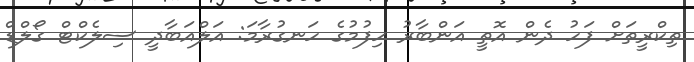
ތިކްރީތަށް ފަހު ދެން އޮތީ އަންބާރު ހިފުމުގެ ހަނގުރާމަ: އަލްއަބާދީ ސިލެކްޓް ގޯލްޑް